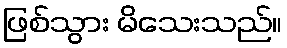
ဖြစ်သွား မိသေးသည်။